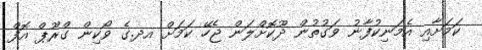
ކަމަށާއި އެމަނިކުފާނު ވަގުތުން ދޫކޮށްލަން ޖެހޭ ކަމަށް އދ.ގެ ވޯކިން ގްރޫޕް އޮފް